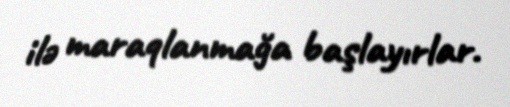
ilə maraqlanmağa başlayırlar.